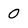
Character: 0